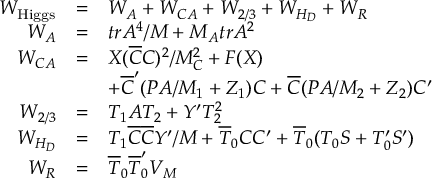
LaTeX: \begin{array} { r c l } { { W _ { \mathrm { H i g g s } } } } & { { = } } & { { W _ { A } + W _ { C A } + W _ { 2 / 3 } + W _ { H _ { D } } + W _ { R } } } \\ { { W _ { A } } } & { { = } } & { { t r A ^ { 4 } / M + M _ { A } t r A ^ { 2 } } } \\ { { W _ { C A } } } & { { = } } & { { X ( \overline { { { C } } } C ) ^ { 2 } / M _ { C } ^ { 2 } + F ( X ) } } \\ { { } } & { { } } & { { + \overline { { { C } } } ^ { \prime } ( P A / M _ { 1 } + Z _ { 1 } ) C + \overline { { { C } } } ( P A / M _ { 2 } + Z _ { 2 } ) C ^ { \prime } } } \\ { { W _ { 2 / 3 } } } & { { = } } & { { T _ { 1 } A T _ { 2 } + Y ^ { \prime } T _ { 2 } ^ { 2 } } } \\ { { W _ { H _ { D } } } } & { { = } } & { { T _ { 1 } \overline { { { C } } } \overline { { { C } } } Y ^ { \prime } / M + \overline { { { T } } } _ { 0 } C C ^ { \prime } + \overline { { { T } } } _ { 0 } ( T _ { 0 } S + T _ { 0 } ^ { \prime } S ^ { \prime } ) } } \\ { { W _ { R } } } & { { = } } & { { \overline { { { T } } } _ { 0 } \overline { { { T } } } _ { 0 } ^ { \prime } V _ { M } } } \end{array}